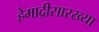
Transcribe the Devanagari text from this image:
हेमाद्रीसारख्या